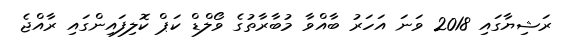
ރަޝިޔާގައި 2018 ވަނަ އަހަރު ބާއްވާ މުބާރާތުގެ ވޯލްޑް ކަޕް ކޮލިފައިންގައި ރާއްޖެ